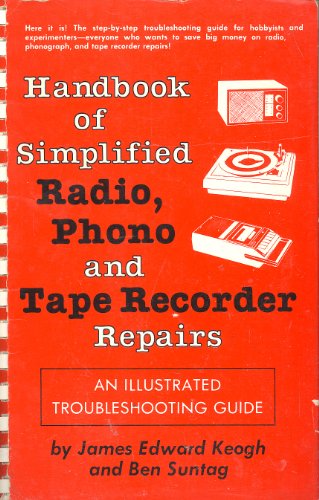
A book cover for Handbook of simplified radio, phono, and tape recorder repairs: An illustrated troubleshooting guide; James Edward Keogh; Crafts, Hobbies & Home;